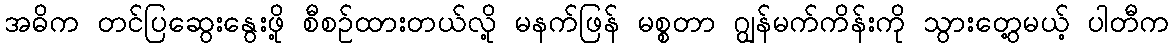
အဓိက တင်ပြဆွေးနွေးဖို့ စီစဉ်ထားတယ်လို့ မနက်ဖြန် မစ္စတာ ဂျွန်မက်ကိန်းကို သွားတွေ့မယ့် ပါတီက